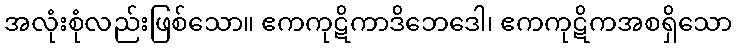
အလုံးစုံလည်းဖြစ်သော။ ဧကကုဋိကာဒိဘေဒေါ၊ ဧကကုဋိကအစရှိသော